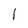
Character: I